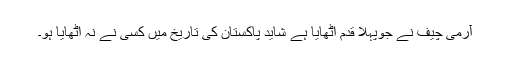
آرمی چیف نے جوپہلا قدم اٹھایا ہے شاید پاکستان کی تاریخ میں کسی نے نہ اٹھایا ہو۔